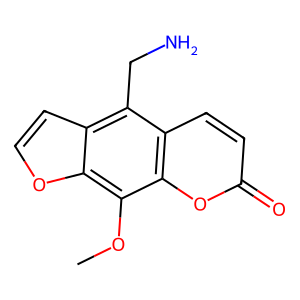
SMILES: COc1c2occc2c(CN)c2ccc(=O)oc12
Inhibits HIV replication: No